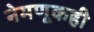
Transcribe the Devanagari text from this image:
नेमणूकही